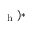
_ { \mathrm { ~ h ~ } } ) \ast